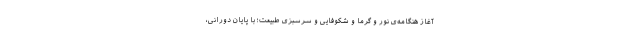
آغازِ هنگامه‌یِ نور و گرما و شکوفایی و سرسبزی طبیعت؛ با پایانِ دورانی،